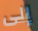
إلى